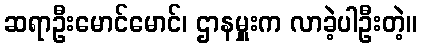
ဆရာဦးမောင်မောင်၊ ဌာနမှူးက လာခဲ့ပါဦးတဲ့။